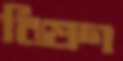
বিষণ